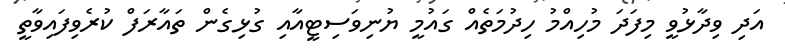
އަދި ވިދާޅުވީ މިފަދަ މުހިއްމު ހިދުމަތެއް ގައުމީ ޔުނިވަސިޓީއާއި ގުޅިގެން ތައާރަފް ކުރެވިފައިވާތީ